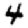
Digit: 4